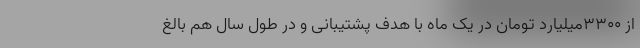
از 3300میلیارد تومان در یک ماه با هدف پشتیبانی و در طول سال هم بالغ